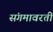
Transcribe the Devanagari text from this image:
संगमावरती